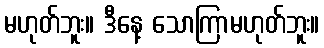
မဟုတ်ဘူး။ ဒီနေ့ သောကြာမဟုတ်ဘူး။